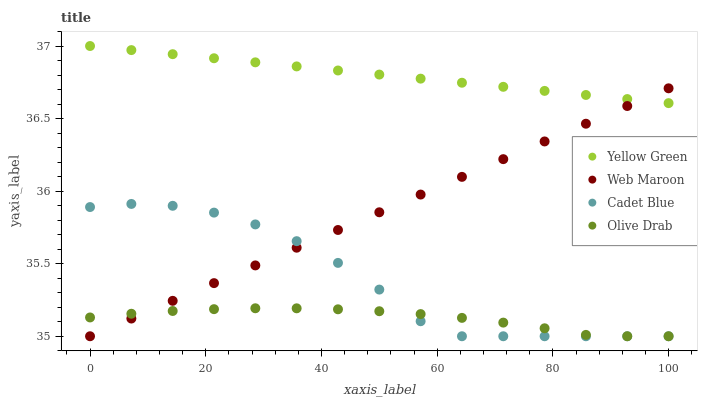
| xaxis_label | Yellow Green | Web Maroon | Cadet Blue | Olive Drab |
 | --- | --- | --- | --- | --- |
 | 0 | 37 | 35 | 35.9 | 35.1 |
 | 7.14 | 37 | 35.1 | 35.9 | 35.2 |
 | 14.3 | 36.9 | 35.2 | 35.9 | 35.2 |
 | 21.4 | 36.9 | 35.4 | 35.9 | 35.2 |
 | 28.6 | 36.9 | 35.5 | 35.8 | 35.2 |
 | 35.7 | 36.9 | 35.6 | 35.7 | 35.2 |
 | 42.9 | 36.8 | 35.7 | 35.5 | 35.2 |
 | 50 | 36.8 | 35.9 | 35.3 | 35.2 |
 | 57.1 | 36.8 | 36 | 35.1 | 35.2 |
 | 64.3 | 36.7 | 36.1 | 35 | 35.1 |
 | 71.4 | 36.7 | 36.2 | 35 | 35.1 |
 | 78.6 | 36.7 | 36.3 | 35 | 35.1 |
 | 85.7 | 36.7 | 36.5 | 35 | 35 |
 | 92.9 | 36.6 | 36.6 | 35 | 35 |
 | 100 | 36.6 | 36.7 | 35 | 35 |